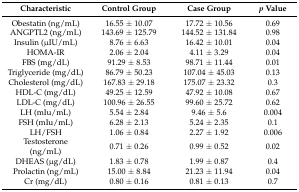
| Characteristic | Control Group | Case Group | p Value |
 | --- | --- | --- | --- |
 | Obestatin (ng/mL) | 16.55 ± 10.07 | 17.72 ± 10.56 | 0.69 |
 | ANGPTL2 (ng/mL) | 143.69 ± 125.79 | 144.52 ± 131.84 | 0.98 |
 | Insulin (μIU/mL) | 8.76 ± 6.63 | 16.42 ± 10.01 | 0.04 |
 | HOMA-IR | 2.06 ± 2.04 | 4.11 ± 3.29 | 0.04 |
 | FBS (mg/dL) | 91.29 ± 8.53 | 98.71 ± 11.44 | 0.01 |
 | Triglyceride (mg/dL) | 86.79 ± 50.23 | 107.04 ± 45.03 | 0.13 |
 | Cholesterol (mg/dL) | 167.83 ± 29.18 | 175.07 ± 23.32 | 0.3 |
 | HDL-C (mg/dL) | 49.25 ± 12.59 | 47.92 ± 10.08 | 0.67 |
 | LDL-C (mg/dL) | 100.96 ± 26.55 | 99.60 ± 25.72 | 0.62 |
 | LH (mIu/mL) | 5.54 ± 2.84 | 9.46 ± 5.6 | 0.004 |
 | FSH (mIu/mL) | 6.28 ± 2.13 | 5.24 ± 2.35 | 0.1 |
 | LH/FSH | 1.06 ± 0.84 | 2.27 ± 1.92 | 0.006 |
 | Testosterone (ng/mL) | 0.71 ± 0.26 | 0.99 ± 0.52 | 0.02 |
 | DHEAS (μg/dL) | 1.83 ± 0.78 | 1.99 ± 0.87 | 0.4 |
 | Prolactin (ng/mL) | 15.00 ± 8.84 | 21.23 ± 11.94 | 0.04 |
 | Cr (mg/dL) | 0.80 ± 0.16 | 0.81 ± 0.13 | 0.7 |